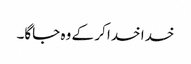
خدا خدا کر کے وہ جاگا۔